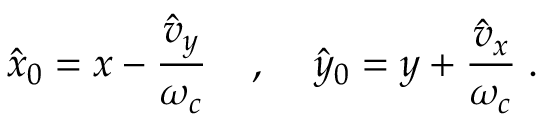
\hat { x } _ { 0 } = x - \frac { \hat { v } _ { y } } { \omega _ { c } } \; \; \; \; , \; \; \; \; \hat { y } _ { 0 } = y + \frac { \hat { v } _ { x } } { \omega _ { c } } \; .